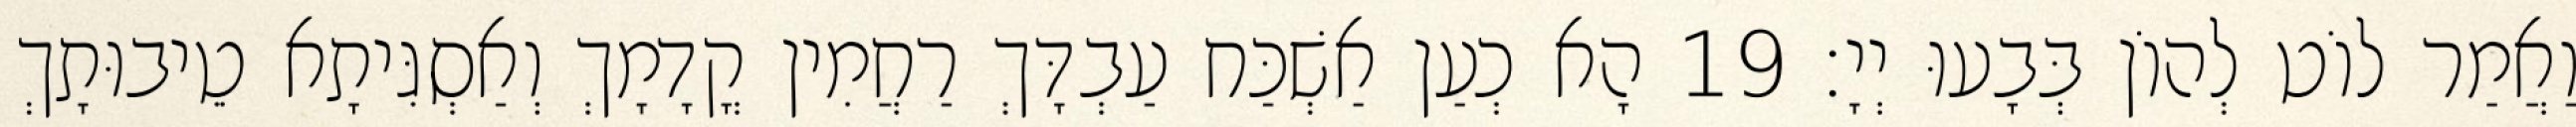
וַאֲמַר לוֹט לְהוֹן בְּבָעוּ יְיָ׃ 19 הָא כְעַן אַשְׁכַּח עַבְדָּךְ רַחֲמִין קֳדָמָךְ וְאַסְגִּיתָא טֵיבוּתָךְ